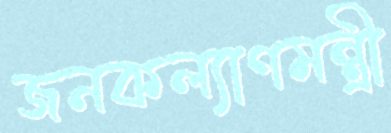
জনকল্যাণমন্ত্রী